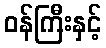
ဝန်ကြီးနှင့်